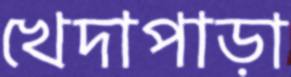
খেদাপাড়া